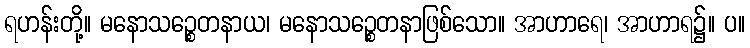
ရဟန်းတို့။ မနောသဉ္စေတနာယ၊ မနောသဉ္စေတနာဖြစ်သော။ အာဟာရေ၊ အာဟာရ၌။ ပ။